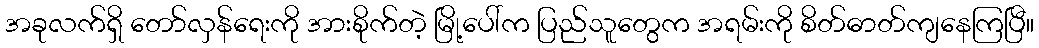
အခုလက်ရှိ တော်လှန်ရေးကို အားစိုက်တဲ့ မြို့ပေါ်က ပြည်သူတွေက အရမ်းကို စိတ်ဓာတ်ကျနေကြပြီ။